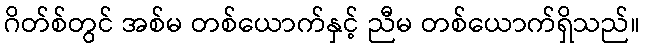
ဂိတ်စ်တွင် အစ်မ တစ်ယောက်နှင့် ညီမ တစ်ယောက်ရှိသည်။